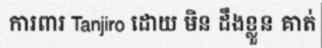
ការពារ Tanjiro ដោយ មិន ដឹងខ្លួន គាត់